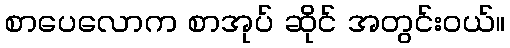
စာပေလောက စာအုပ် ဆိုင် အတွင်းဝယ်။